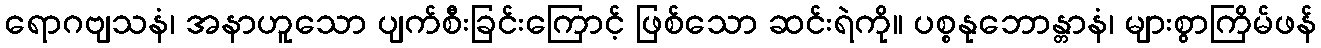
ရောဂဗျသနံ၊ အနာဟူသော ပျက်စီးခြင်းကြောင့် ဖြစ်သော ဆင်းရဲကို။ ပစ္စနုဘောန္တာနံ၊ များစွာကြိမ်ဖန်